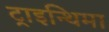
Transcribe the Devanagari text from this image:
ट्राइन्थिमा